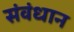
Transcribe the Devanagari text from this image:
संवंधान